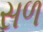
સળ